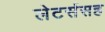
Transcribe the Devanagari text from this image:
लेटर्ससह